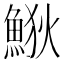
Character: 𩷎